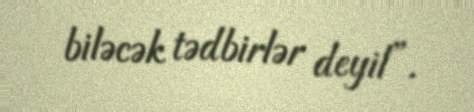
biləcək tədbirlər deyil”.